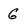
Character: G